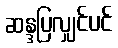
ဆန္ဒပြလျှင်ပင်